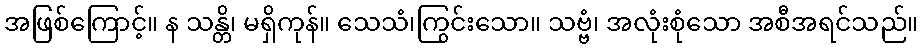
အဖြစ်ကြောင့်။ န သန္တိ၊ မရှိကုန်။ သေသံ၊ကြွင်းသော။ သဗ္ဗံ၊ အလုံးစုံသော အစီအရင်သည်။